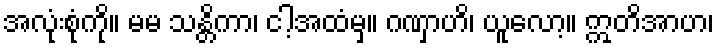
အလုံးစုံကို။ မမ သန္တိကာ၊ ငါ့အထံမှ။ ဂဏှာဟိ၊ ယူလော့။ ဣတိအာဟ၊